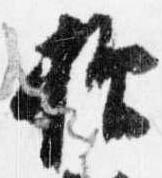
抑